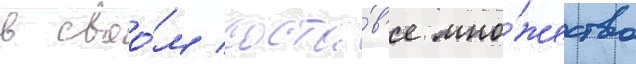
в своо́м соста́в'е мно́жество